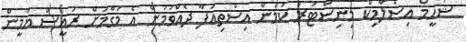
ޝަހީމް އިސްލާމިކް މިނިސްޓަރު ކަމުން އިސްތިއުފާ ދެއްވުމުން އެ މަގާމަށް ރައީސް ޔާމީން